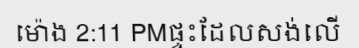
ម៉ោង 2:11 PMផ្ទះដែលសង់លើ